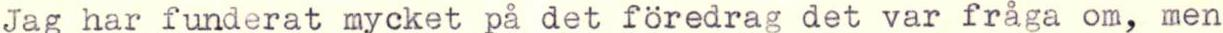
Jag har funderat mycket på det föredrag det var fråga om, men